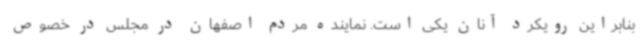
بنابراین رویکرد آنان یکی است. نماینده مردم اصفهان در مجلس در خصوص